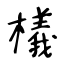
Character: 檥